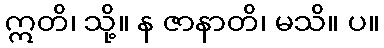
ဣတိ၊ သို့။ န ဇာနာတိ၊ မသိ။ ပ။